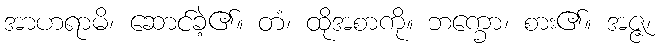
အာဟရာမိ၊ ဆောင်ခဲ့၏။ တံ၊ ထိုအစာကို။ ဘက္ခော၊ စား၏။ အဇ္ဇ၊